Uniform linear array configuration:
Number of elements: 24
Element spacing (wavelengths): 0.25
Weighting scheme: exponential
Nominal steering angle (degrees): -30
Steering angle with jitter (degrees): -29.184
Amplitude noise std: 0.05
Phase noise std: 0.05

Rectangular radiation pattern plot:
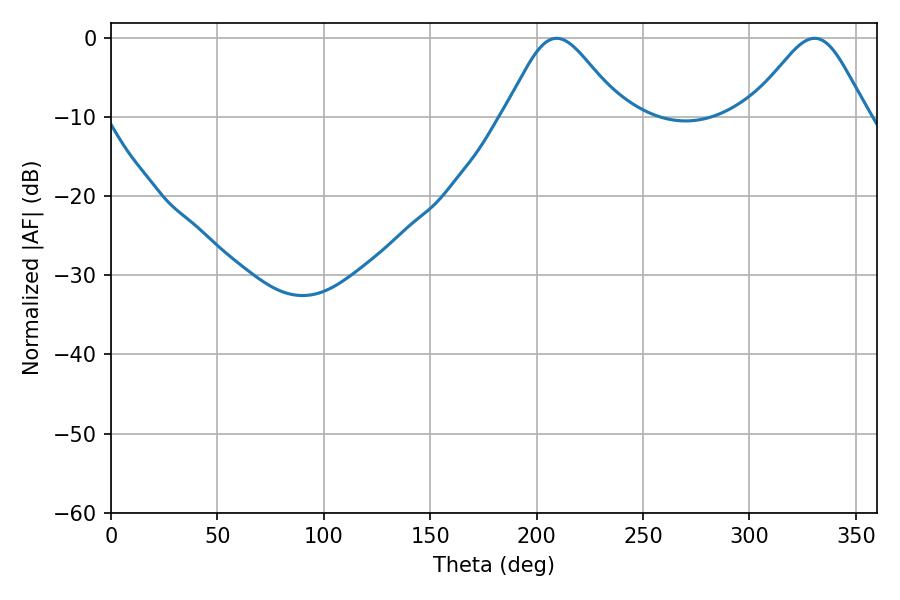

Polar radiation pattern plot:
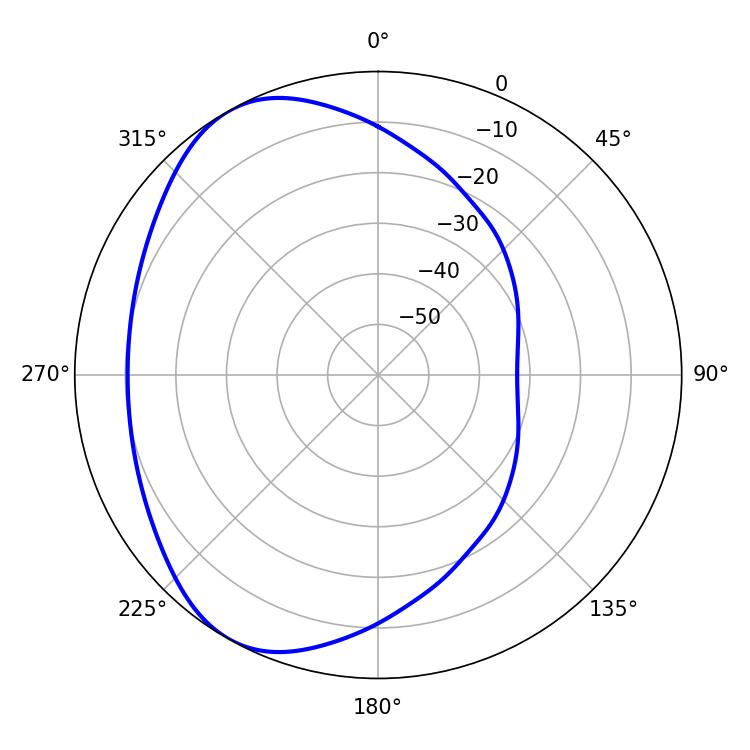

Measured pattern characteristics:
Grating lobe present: FALSE
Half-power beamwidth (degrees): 27.18
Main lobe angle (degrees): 209.34